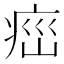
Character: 𤶆